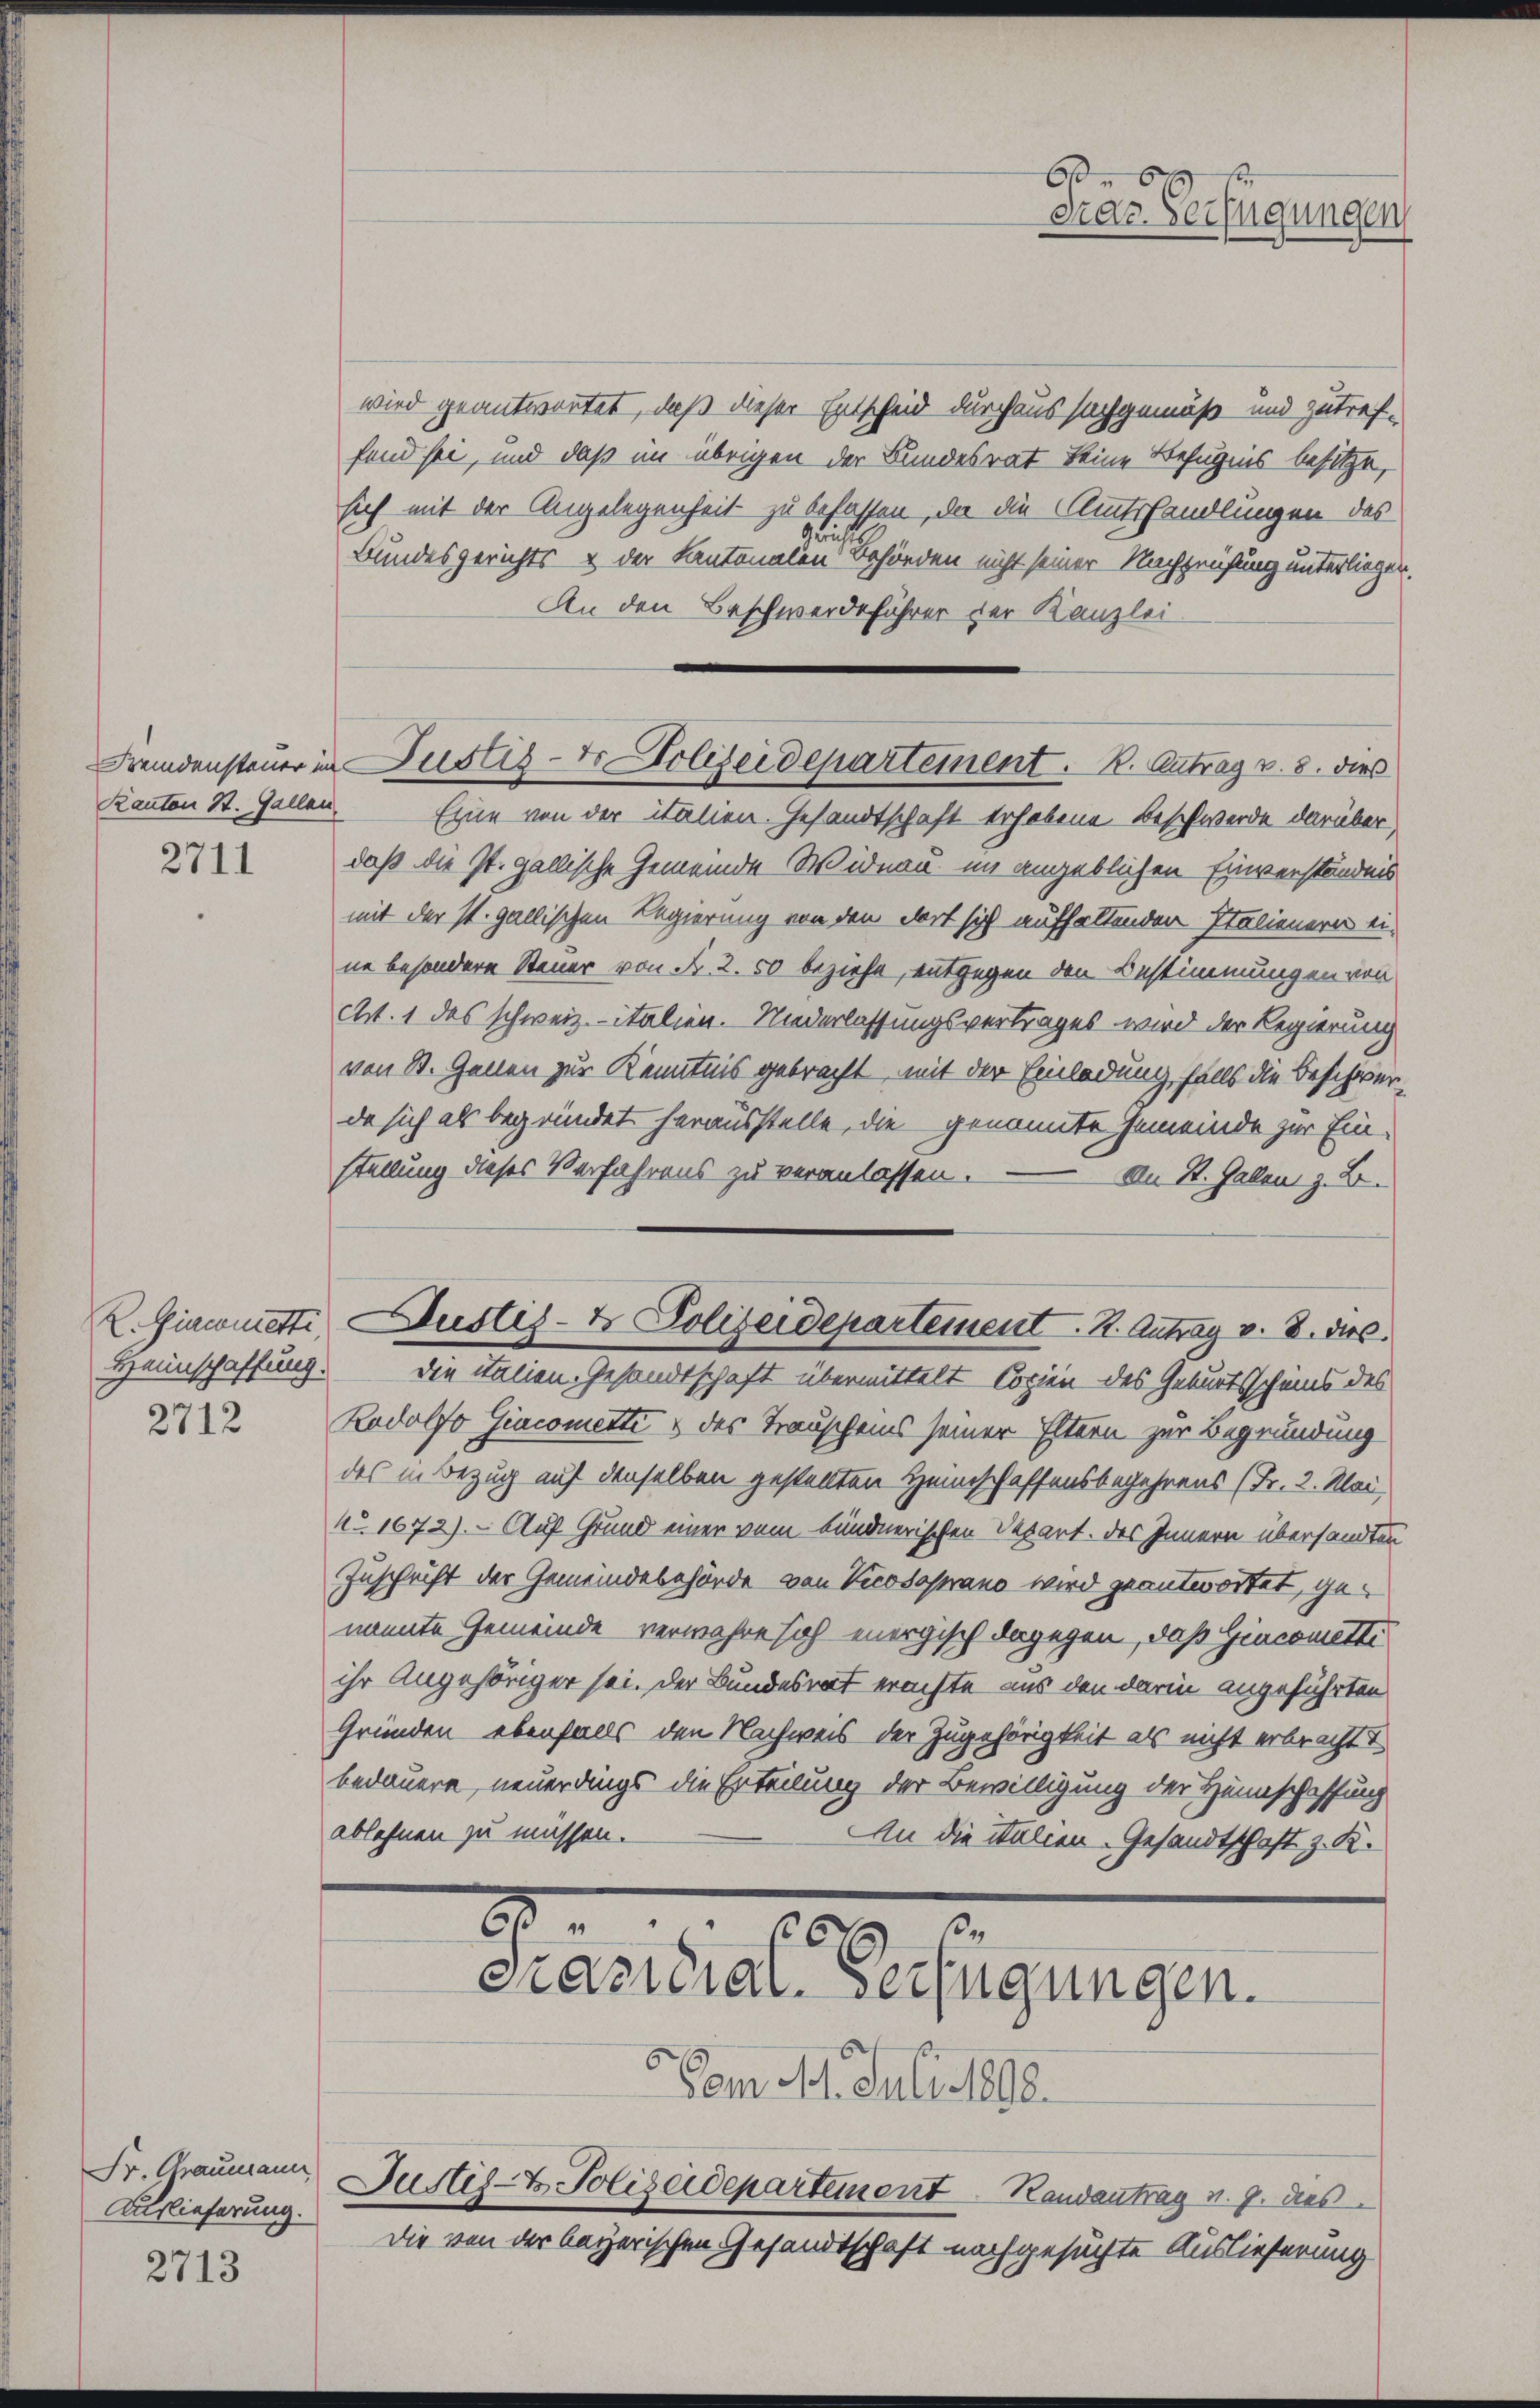
Kanton St. Gallan

2711

Heimschaffung.
2712

Fr. Graumann
Auslieferung.

2713

wird geantwortet, daß dieser Entscheid durchaus sachgemäß und zutref-
fend sei, und daß im übrigen der Bundesrat keine Befugnis besitze,
sich mit der Angelegenheit zu befassen, da die Amtshandlungen des
1.
Bundesgerichts & der Kantonalen Behörden nicht seiner Nachprüfung unterliegen.
An den Beschwerdeführer der Kanzlei
Eine von der italien. Gesandtschaft erhobene Beschwerde darüber
daß die St. Gallische Gemeinde Widnau im angeblichen Einverständnis
mit der st. gallischen Regierung von den dort sich aufhaltenden Italienern ei-
ne besondere Steuer von Fr. 2. 50 beziehe, entgegen den Bestimmungen von
ct. 1 des schweiz. italien. Niederlassungsvertrages wird der Regierung
von St. Gallen zur Kenntnis gebracht, mit der Einladung falls die Beschwerda sich als begründet herausstelle, die genannte Gemeinde zur Ein-
stellung dieses Verfahrens zu veranlassen. — An St. Gallen z. B.
R. Giacometti, Justiz- & Polizeidepartement. K. Antrag v. 8. die
die italien-Gesandtschaft übermittelt Copien des Geburtsscheins des
Radolfo Giacomette & des Trauscheins seiner Eltern zur Begründung
des in Bezug auf denselben gestellten Heimschaffensbegehrens (Fr. 2. Mai,
No. 1672). – Auf Grund einer vom bündnerischen Depart. Das Innern übersandten
Zuschrift der Gemeindebehörde von Vicosoprano wird geantwortet, genannte Gemeinde verwahre sich energisch dagegen, daß Gincomitti
ihr Angehöriger sei. Der Bundesrat erachte aus den darin angeführten
Gründen ebenfalls den Nachweis der Zugehörigkeit als nicht erbracht
bedauern, neuerdings die Erteilung der Bewilligung der Heimschaffung
ablehnen zu müssen.
An die italien-Gesandtschaft z. K.

Fremdensteuer in Justiz- & Polizeidepartement. K. Antrag v. 8. dies

2
6 3
Prasiliar-Verfügungen.

664
Gras Verfügungen

5 vom 11. Juli 1898.
Justiz- & Polizeidepartement Randentrag v. 9. dies
Die von der bayerischen Gesandtschaft nachgesuchte Auslieferung